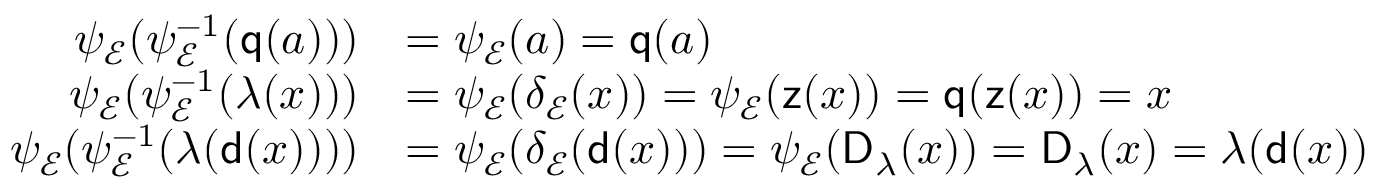
\begin{array} { r l } { \psi _ { \mathcal { E } } ( \psi _ { \mathcal { E } } ^ { - 1 } ( \mathsf { q } ( a ) ) ) } & { = \psi _ { \mathcal { E } } ( a ) = \mathsf { q } ( a ) } \\ { \psi _ { \mathcal { E } } ( \psi _ { \mathcal { E } } ^ { - 1 } ( \lambda ( x ) ) ) } & { = \psi _ { \mathcal { E } } ( \delta _ { \mathcal { E } } ( x ) ) = \psi _ { \mathcal { E } } ( \mathsf { z } ( x ) ) = \mathsf { q } ( \mathsf { z } ( x ) ) = x } \\ { \psi _ { \mathcal { E } } ( \psi _ { \mathcal { E } } ^ { - 1 } ( \lambda ( \mathsf { d } ( x ) ) ) ) } & { = \psi _ { \mathcal { E } } ( \delta _ { \mathcal { E } } ( \mathsf { d } ( x ) ) ) = \psi _ { \mathcal { E } } ( \mathsf { D } _ { \lambda } ( x ) ) = \mathsf { D } _ { \lambda } ( x ) = \lambda ( \mathsf { d } ( x ) ) } \end{array}